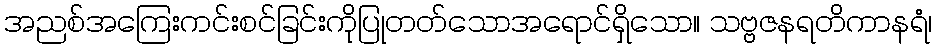
အညစ်အကြေးကင်းစင်ခြင်းကိုပြုတတ်သောအရောင်ရှိသော။ သဗ္ဗဇနရတိကာနရံ၊